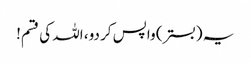
یہ (بستر) واپس کر دو، اللہ کی قسم!